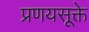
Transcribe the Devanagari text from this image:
प्रणयसूक्ते